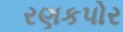
રણકપોર